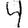
Digit: 4